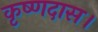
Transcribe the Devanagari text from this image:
कृष्णदास।